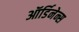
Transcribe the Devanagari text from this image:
ऑर्डिनेन्स